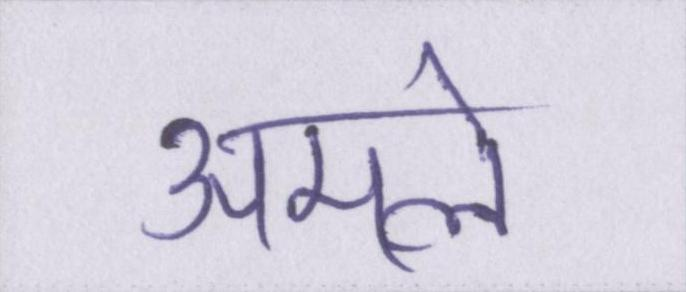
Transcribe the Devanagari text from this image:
अमले